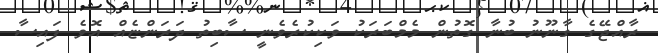
ރާއްޖޭގެ ގާނޫނު ބުނާ ގޮތުން މެމްބަރަކު ވަކިކުރެވެނީ ސާބިތު ދަރަންޏެއް އޮވެ ފައިސާ